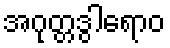
အဂုတ္တဒွါရောဝ